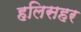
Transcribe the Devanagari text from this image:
हलिसहर